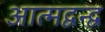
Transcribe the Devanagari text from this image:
आत्मद्वन्द्व